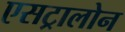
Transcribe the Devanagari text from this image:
एसट्रालोन